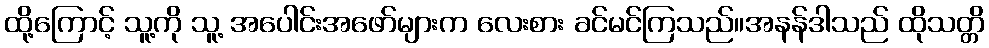
ထို့ကြောင့် သူ့ကို သူ့ အပေါင်းအဖော်များက လေးစား ခင်မင်ကြသည်။အနန်ဒါသည် ထိုသတ္တိ